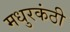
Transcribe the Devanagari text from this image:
मधुरकंठी